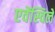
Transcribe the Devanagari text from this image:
एवेंस्विले